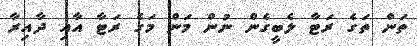
ތަން ތަގެ ރަޓާ ލެބީގެން ނުން މަން މަގެ ރަޓާ އާއި ދާއިރާ